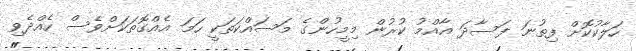
ހަލާކުކޮށް ފިތުނަ ފަސާދަ އާއްމު ކުރުން މިމީހުންގެ މަސައްކަތަކީ ހަމަ އެއްގޮތަކަށްވެސް ހެއްދެވި